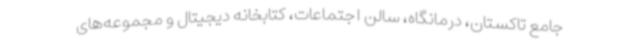
جامع تاکستان، درمانگاه، سالن اجتماعات، کتابخانه دیجیتال و مجموعه‌های